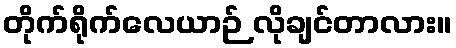
တိုက်ရိုက်လေယာဉ် လိုချင်တာလား။